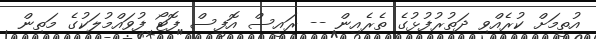
އުތީމަށް ކުރެއްވި ދަތުރުފުޅުގެ ތެރެއިން -- ރައީސް އޮފީސް ފޮޓޯ ފުވައްމުލަކުގެ މަތިން